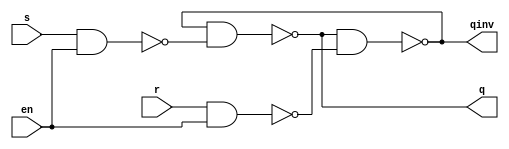
module gated_sr_latch(q,qinv,s,r,en);

output q,qinv;
input s,r,en;

nand(q1,s,en);
nand(q2,r,en);

nand(q,qinv,q1);
nand(qinv,q,q2);

endmodule